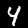
Digit: 4